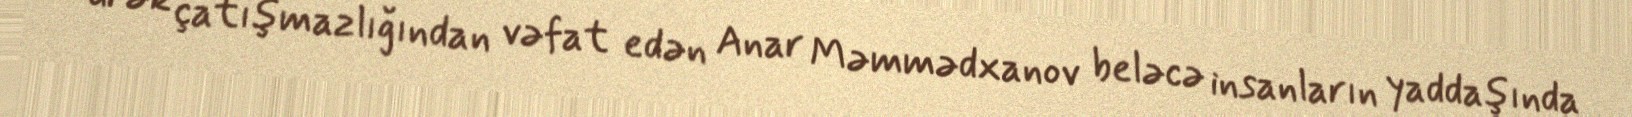
ürək çatışmazlığından vəfat edən Anar Məmmədxanov beləcə insanların yaddaşında